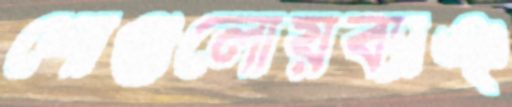
শোগুলোয়ব্যাঞ্